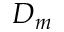
D _ { m }